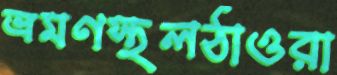
ভ্রমণস্থলঠাওরা